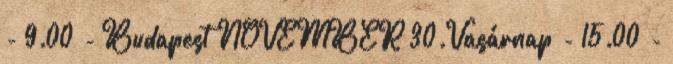
- 9.00 - Budapest NOVEMBER 30.Vasárnap - 15.00 -